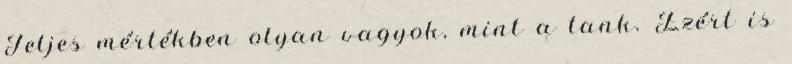
Teljes mértékben olyan vagyok, mint a tank. Ezért is